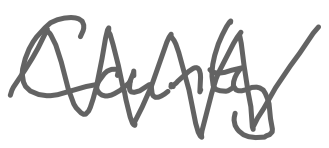
Text: County
Cross-out: zig-zag
Writing tool: digital_gray